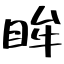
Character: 眸